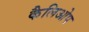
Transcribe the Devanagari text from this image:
कैलिओप